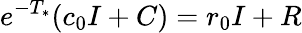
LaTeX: e^{-T_{*}}(c_{0}I+C)=r_{0}I+R